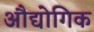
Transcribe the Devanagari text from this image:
अौद्योगिक